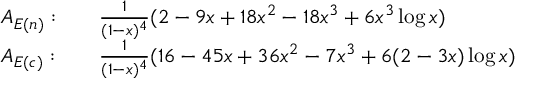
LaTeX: \begin{array} { l l } { { A _ { E ( n ) } : \quad } } & { { \frac { 1 } { ( 1 - x ) ^ { 4 } } ( 2 - 9 x + 1 8 x ^ { 2 } - 1 8 x ^ { 3 } + 6 x ^ { 3 } \log x ) } } \\ { { A _ { E ( c ) } : \quad } } & { { \frac { 1 } { ( 1 - x ) ^ { 4 } } ( 1 6 - 4 5 x + 3 6 x ^ { 2 } - 7 x ^ { 3 } + 6 ( 2 - 3 x ) \log x ) } } \end{array}